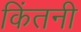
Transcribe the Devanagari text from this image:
किंतनी